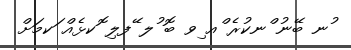
ުނ ބޭނު ްނކުރެ ްއ ިވ ބޮ ުލ ޭފލި ޮކޅެއް ަކމަށް